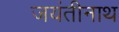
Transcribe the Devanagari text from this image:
जयंतीनाथ